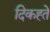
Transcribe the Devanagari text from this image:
दिकह्ते